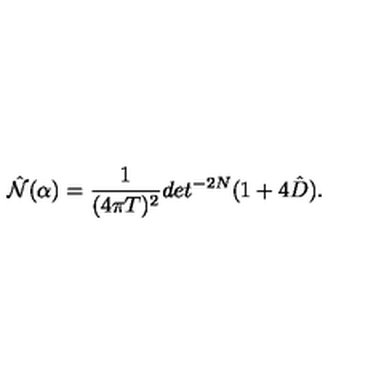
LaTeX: \hat { { \cal N } } ( \alpha ) = { \frac { 1 } { ( 4 \pi T ) ^ { 2 } } } d e t ^ { - 2 N } ( 1 + 4 \hat { D } ) .